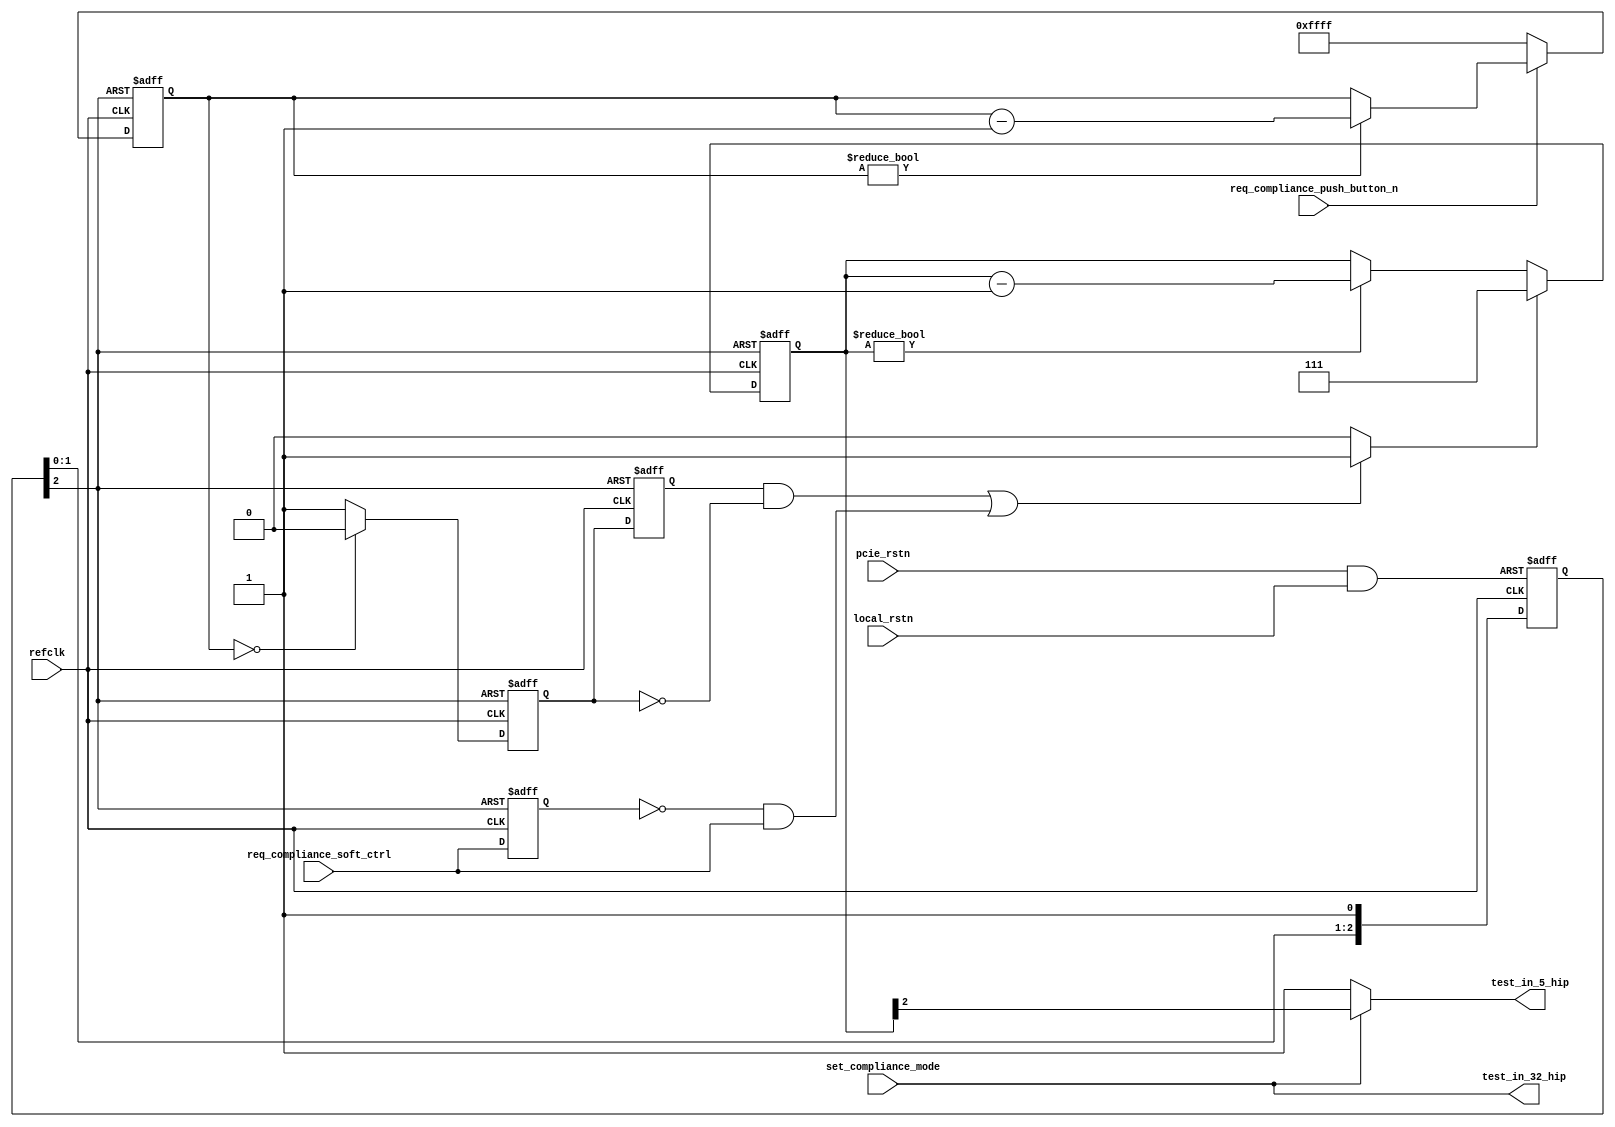
module altpcierd_compliance_test (
    input local_rstn,                  
    input pcie_rstn,                   
    input refclk,                      
    input req_compliance_push_button_n,
    input req_compliance_soft_ctrl  ,  
    input set_compliance_mode,         
    output test_in_5_hip,
    output test_in_32_hip);
wire rstn;                   
wire exit_ltssm_compliance;  
wire new_edge_for_compliance;
reg [2:0] ltssm_cnt_cycles;
reg [15:0] dbc_cnt;
assign test_in_5_hip = (set_compliance_mode==1'b0) ? 1'b1 : exit_ltssm_compliance;
assign test_in_32_hip= set_compliance_mode;
assign exit_ltssm_compliance = ltssm_cnt_cycles[2];
always @(posedge refclk or negedge rstn) begin
   if (rstn == 1'b0) begin
      ltssm_cnt_cycles     <= 3'b000;
   end
   else begin
      if (new_edge_for_compliance==1'b1) begin
         ltssm_cnt_cycles <= 3'b111;
      end
      else if (ltssm_cnt_cycles != 3'b000) begin
         ltssm_cnt_cycles <= ltssm_cnt_cycles - 3'b001;
      end
   end
end
reg  req_compliance_cycle,req_compliance_cycle_r, req_compliance_soft_ctrl_r;
always @(posedge refclk or negedge rstn) begin
   if (rstn == 1'b0) begin
      req_compliance_cycle       <= 1'b1;
      req_compliance_cycle_r     <= 1'b1;
      req_compliance_soft_ctrl_r <= 1'b1;
   end
   else begin
      req_compliance_cycle       <= (dbc_cnt == 16'h0000) ? 1'b0: 1'b1;
      req_compliance_cycle_r     <= req_compliance_cycle;
      req_compliance_soft_ctrl_r <= req_compliance_soft_ctrl;
   end
end
assign new_edge_for_compliance = (((req_compliance_cycle_r == 1'b1)&(req_compliance_cycle == 1'b0))||
                                 ((req_compliance_soft_ctrl_r == 1'b0)&(req_compliance_soft_ctrl == 1'b1))) ?1'b1:1'b0;
always @(posedge refclk or negedge rstn) begin
    if (rstn == 1'b0) begin
       dbc_cnt <= 16'hFFFF;
    end
    else begin
       if (req_compliance_push_button_n == 0) begin
          dbc_cnt <= 16'hFFFF;
       end
       else if (dbc_cnt != 16'h0000) begin
          dbc_cnt <= dbc_cnt -16'h1;
       end
    end
end
wire npor ;
reg  [2:0] rstn_sync;
assign npor = pcie_rstn & local_rstn;
always @(posedge refclk or negedge npor) begin
   if (npor == 1'b0) begin
      rstn_sync[2:0] <= 3'b000;
   end
   else begin
      rstn_sync[0] <= 1'b1;
      rstn_sync[1] <= rstn_sync[0];
      rstn_sync[2] <= rstn_sync[1];
   end
end
assign rstn  = rstn_sync[2];
endmodule